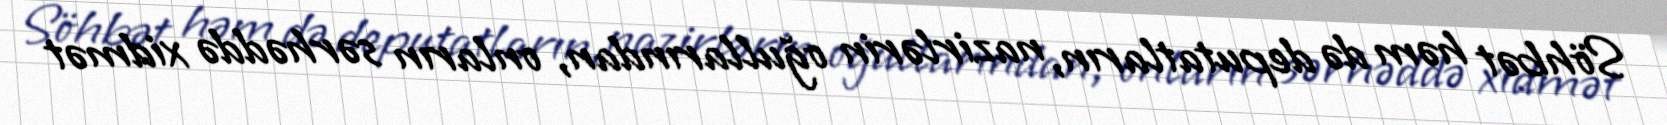
Söhbət həm də deputatların, nazirlərin oğullarından, onların sərhəddə xidmət